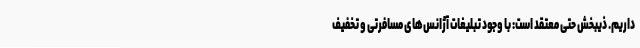
داریم. ذیبخش حتی معتقد است: با وجود تبلیغات آژانس‌های مسافرتی و تخفیف